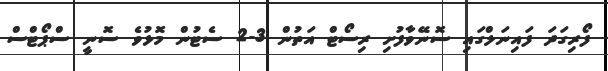
ފޯރިގަދަ ފައިނަލްގައި ސޮނޭވާފުށި ރިސޯޓް އަތުން 3-2 ސެޓުން މޮޅުވެ ސޮނީ ސްޕޯޓްސް